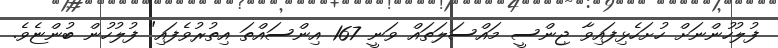
ފުލުހުންނަށް ހުށަހެޅިފައިވާ ޖިންސީ މައްސަލަތައް ވަނީ 167 އިންސައްތަ އިތުރުވެފައި" ފުލުހުން ބުންޏެވެ.